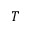
T